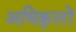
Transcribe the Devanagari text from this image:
अधिकुलों